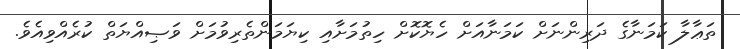
ތަޢާލާ ކަމަނާގެ ދަރިންނަށް ކަމަނާއަށް ހެޔޮކޮށް ހިތުމަށާއި ކިޔަމަންތެރިވުމަށް ވަޞިއްޔަތް ކުރެއްވިއެވެ.